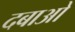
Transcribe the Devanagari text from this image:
दबाओ